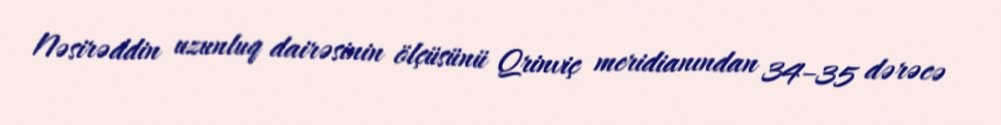
Nəsirəddin uzunluq dairəsinin ölçüsünü Qrinviç meridianından 34–35 dərəcə